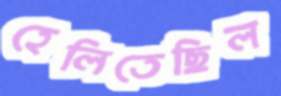
হেলিতেছিল